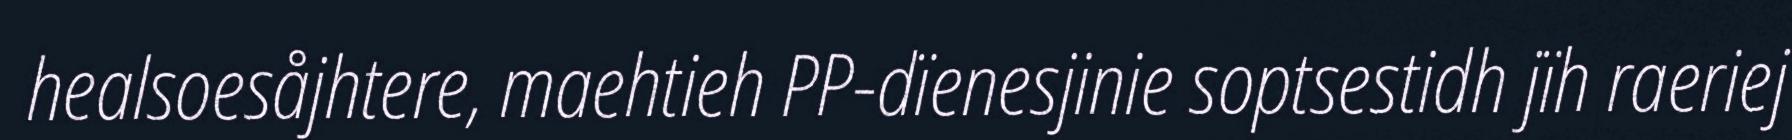
healsoesåjhtere, maehtieh PP-dïenesjinie soptsestidh jïh raeriej